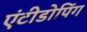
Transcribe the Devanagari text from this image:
एंटीडोपिंग